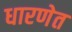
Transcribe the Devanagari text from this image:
धारणेत